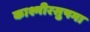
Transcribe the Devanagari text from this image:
काश्मीरसुषमा